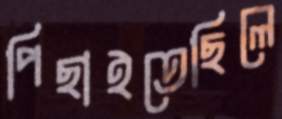
পিছাইতেছিলে